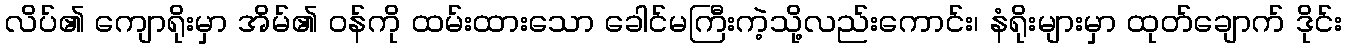
လိပ်၏ ကျောရိုးမှာ အိမ်၏ ဝန်ကို ထမ်းထားသော ခေါင်မကြီးကဲ့သို့လည်းကောင်း၊ နံရိုးများမှာ ထုတ်ချောက် ဒိုင်း